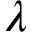
\lambda